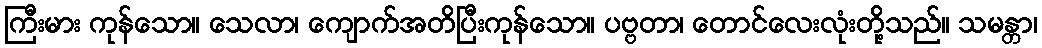
ကြီးမား ကုန်သော။ သေလာ၊ ကျောက်အတိပြီးကုန်သော။ ပဗ္ဗတာ၊ တောင်လေးလုံးတို့သည်။ သမန္တာ၊